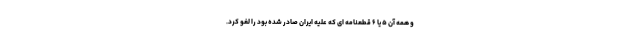
و همه آن ۵ یا ۶ قطعنامه ای که علیه ایران صادر شده بود را لغو کرد.